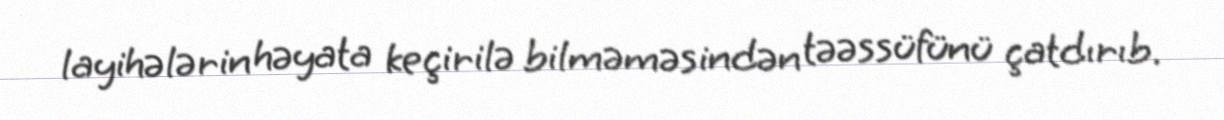
layihələrin həyata keçirilə bilməməsindən təəssüfünü çatdırıb.